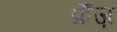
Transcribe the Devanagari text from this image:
फ्रैंज़